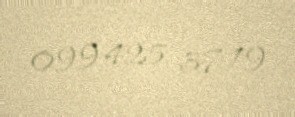
099 425 37 19